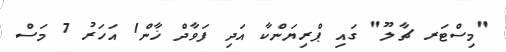
"މިސްޓަރ ޗާލޫ" ގައި ޕްރިޔަންކާ އަދި ފަވާދް ޚާން1 އަހަރު 7 މަސް